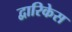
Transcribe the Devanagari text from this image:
द्वारिकेस